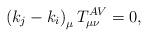
LaTeX: \begin{align*}\left( k_{j}-k_{i}\right) _{\mu }T_{\mu \nu }^{AV}=0,\end{align*}